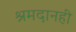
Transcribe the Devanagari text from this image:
श्रमदानही